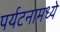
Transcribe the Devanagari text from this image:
पर्यटनामध्ये